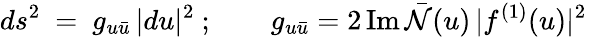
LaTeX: ds^{2}~=~g_{u{\bar{u}}}\, |du|^{2}\ ;\qquad g_{u{\bar{u}}}=2\, \mathrm{Im}\, {\bar{\cal N}}(u)\, |f^{(1)}(u)|^{2}\,